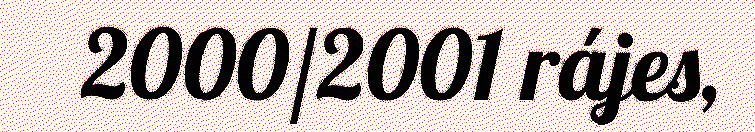
2000/2001 rájes,